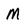
Character: m